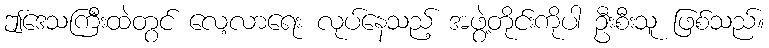
ဤဒေသကြီးထဲတွင် လေ့လာရေး လုပ်နေသည့် အဖွဲ့တိုင်းကိုပါ ဦးစီးသူ ဖြစ်သည်။